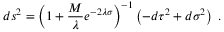
d s ^ { 2 } = { \left( 1 + { \frac { M } { \lambda } } e ^ { - 2 \lambda \sigma } \right) } ^ { - 1 } \left( - d \tau ^ { 2 } + d \sigma ^ { 2 } \right) \; .